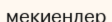
мекиендер